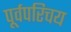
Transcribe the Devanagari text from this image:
पूर्वपरिचय